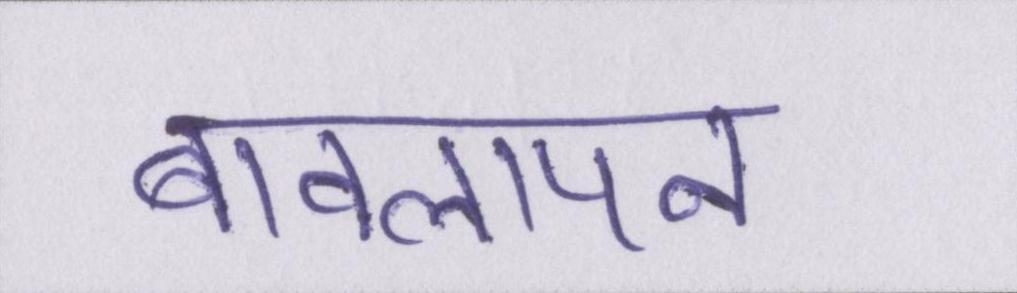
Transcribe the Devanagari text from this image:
बावलापन